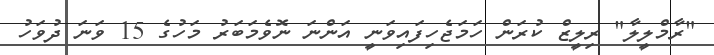
"ރާމްލީލާ" ރިލީޒް ކުރަން ހަމަޖެހިފައިވަނީ އަންނަ ނޮވެމަބަރު މަހުގެ 15 ވަނަ ދުވަހު